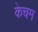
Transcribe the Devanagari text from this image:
केचम